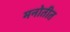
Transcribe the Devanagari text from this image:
मनोतीत